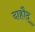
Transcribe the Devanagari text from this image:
दाहौद्